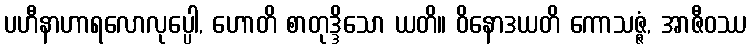
ပဟီနာဟာရလောလုပ္ပေါ, ဟောတိ စာတုဒ္ဒိသော ယတိ။ ဝိနောဒယတိ ကောသဇ္ဇံ, အာဇီဝဿ